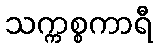
သက္ကစ္စကာရီ